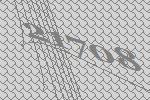
21708